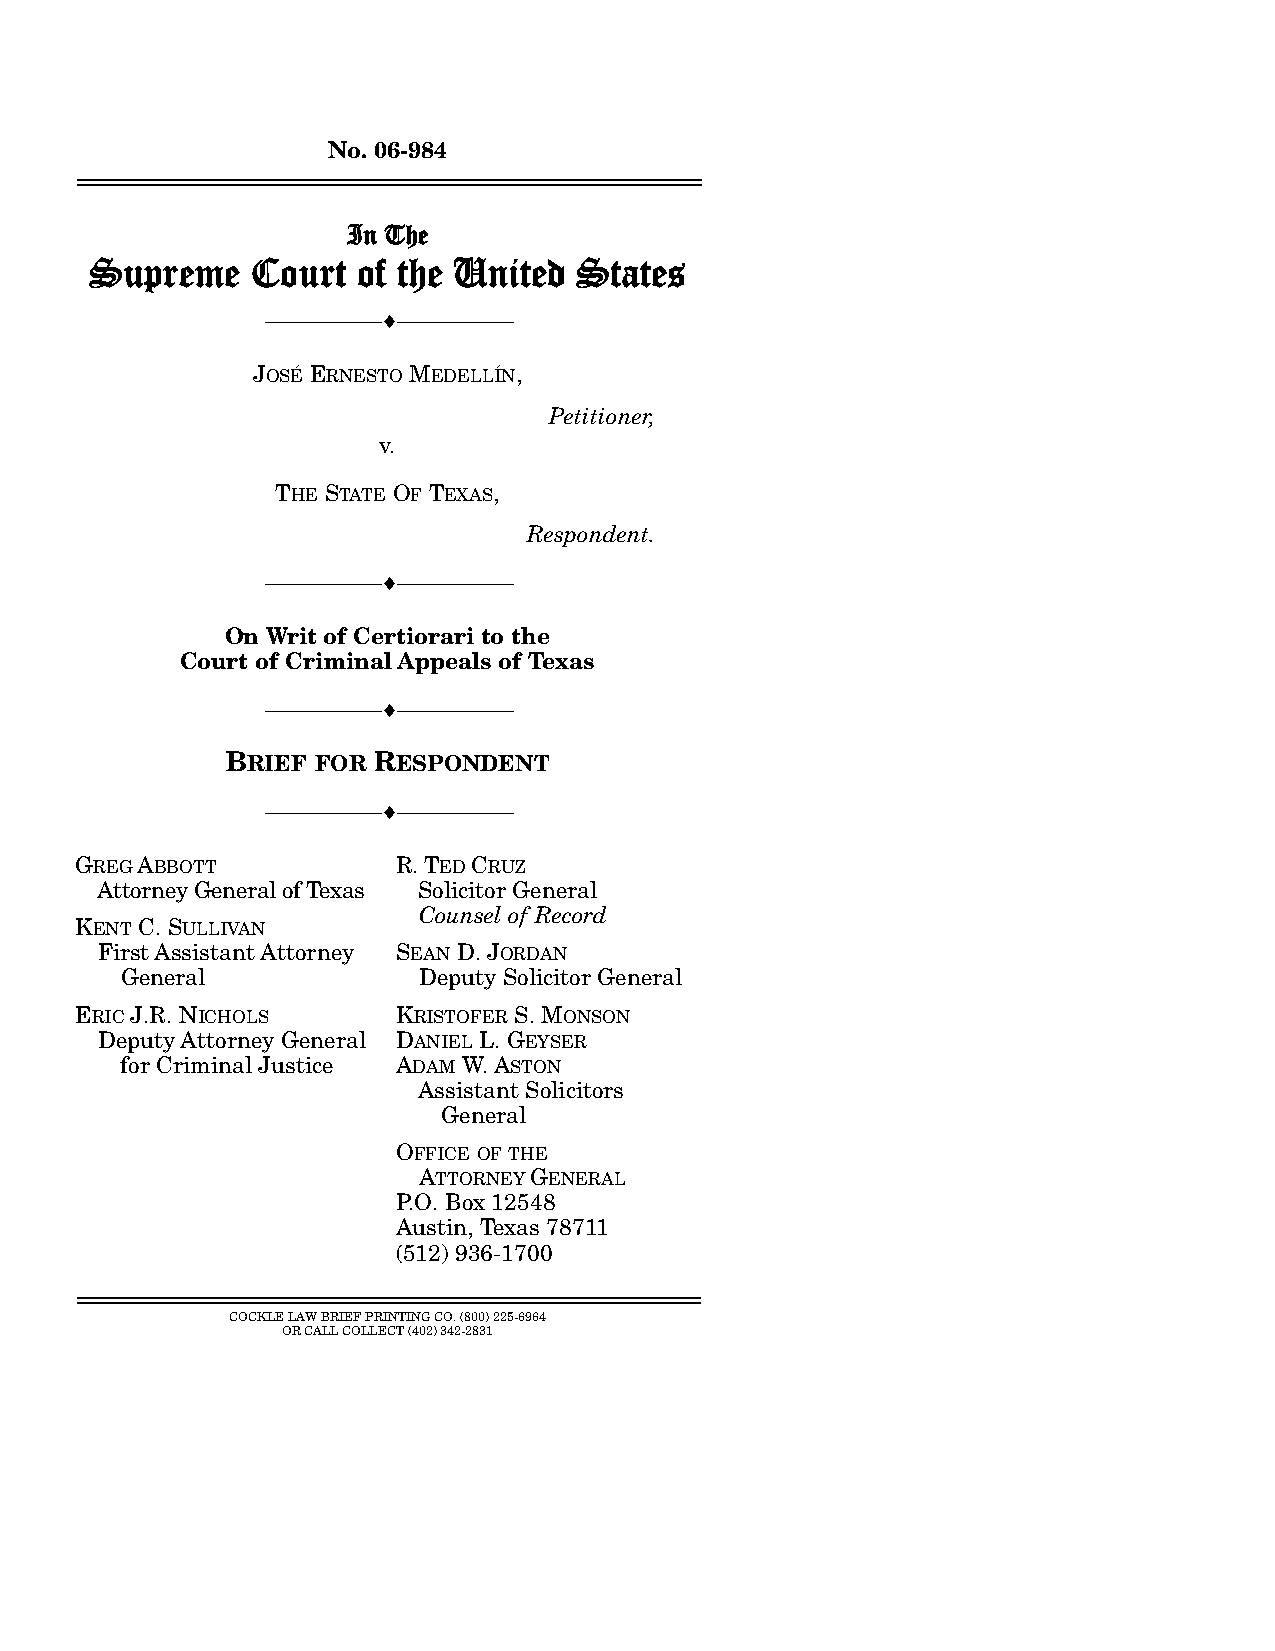
No. 06-984
 ================================================================
 In The
 Supreme    Court  of the United States
 --------------------------------- ♦ ---------------------------------
 JOSÉ ERNESTO MEDELLÍN,
 Petitioner,
 v.
 THE STATE OF TEXAS,
 Respondent.
 --------------------------------- ♦ ---------------------------------
 On Writ of Certiorari to the
 Court of Criminal Appeals of Texas
 --------------------------------- ♦ ---------------------------------
 BRIEF FOR RESPONDENT
 --------------------------------- ♦ ---------------------------------
 GREG ABBOTT          R. TED CRUZ
 Attorney General of Texas Solicitor General
 Counsel of Record
 KENT C. SULLIVAN
 First Assistant Attorney SEAN D. JORDAN
 General             Deputy Solicitor General
 ERIC J.R. NICHOLS    KRISTOFER S. MONSON
 Deputy Attorney General DANIEL L. GEYSER
 for Criminal Justice ADAM W. ASTON
 Assistant Solicitors
 General
 OFFICE OF THE
 ATTORNEY GENERAL
 P.O. Box 12548
 Austin, Texas 78711
 (512) 936-1700
 ================================================================
 COCKLE LAW BRIEF PRINTING CO. (800) 225-6964
 OR CALL COLLECT (402) 342-2831